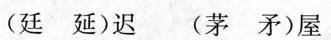
(廷 延)迟 (茅 矛)屋